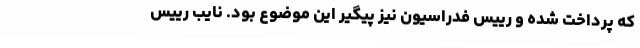
که پرداخت شده و رییس فدراسیون نیز پیگیر این موضوع بود. نایب رییس